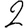
Digit: 2